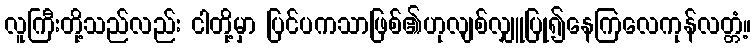
လူကြီးတို့သည်လည်း ငါတို့မှာ ပြင်ပကသာဖြစ်၏ဟုလျစ်လျှူပြု၍နေကြလေကုန်လတ္တံ့။